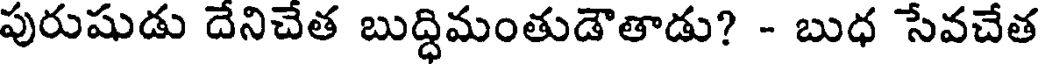
పురుషుడు దేనిచేత బుద్ధిమంతుడౌతాడు? - బుధ సేవచేత